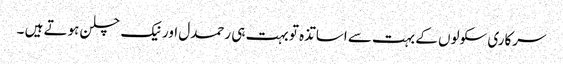
سرکاری سکولوں کے بہت سے اساتذہ تو بہت ہی رحمدل اور نیک چلن ہوتے ہیں ۔